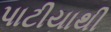
પાટીયાથી